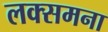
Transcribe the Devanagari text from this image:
लक्समना